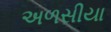
અળસીયા